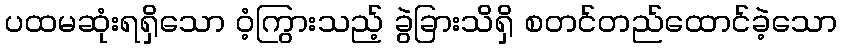
ပထမဆုံးရရှိသော ဝံ့ကြွားသည့် ခွဲခြားသိရှိ စတင်တည်ထောင်ခဲ့သော